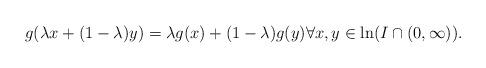
LaTeX: \begin{align*}g(\lambda x + (1-\lambda)y) = \lambda g(x) + (1-\lambda) g(y) \forall x,y \in \ln (I \cap (0,\infty)).\end{align*}